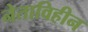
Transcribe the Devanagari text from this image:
नेताविहीन